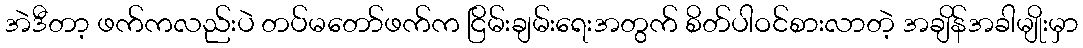
အဲဒီတာ့ ဖက်ကလည်းပဲ တပ်မတော်ဖက်က ငြိမ်းချမ်းရေးအတွက် စိတ်ပါဝင်စားလာတဲ့ အချိန်အခါမျိုးမှာ